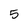
Character: 5